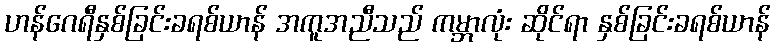
ဟန်ဂေရီနှစ်ခြင်းခရစ်ယာန် အကူအညီသည် ကမ္ဘာလုံး ဆိုင်ရာ နှစ်ခြင်းခရစ်ယာန်